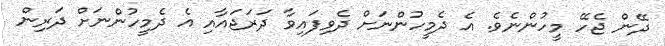
ދޭން ޖެހޭ މީހުންނެވެ. އެ ދެމީހުންނަށް ދެވިފައިވާ ދަރަޖައާއި އެ ދެމީހުންނަށް ދަރިން